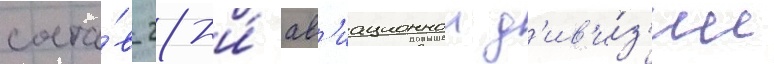
соста́в 28-и́ ав'иационнои д'ив'и́з'ии